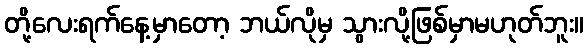
တို့လေးရက်နေ့မှာတော့ ဘယ်လိုမှ သွားလို့ဖြစ်မှာမဟုတ်ဘူး။